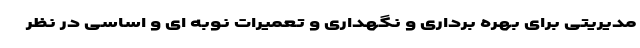
مدیریتی برای بهره برداری و نگهداری و تعمیرات نوبه ای و اساسی در نظر